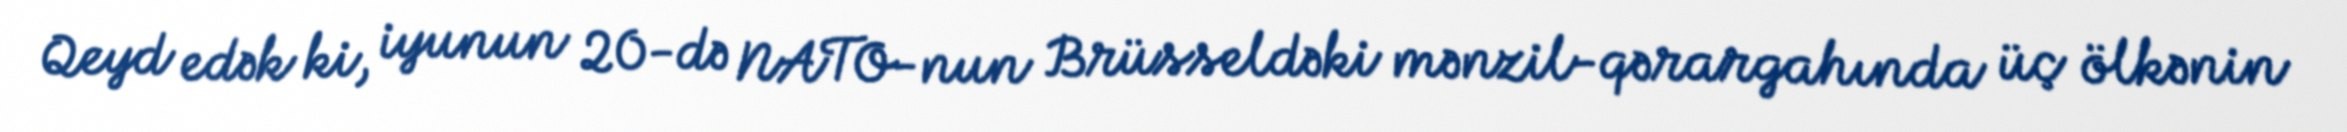
Qeyd edək ki, iyunun 20-də NATO-nun Brüsseldəki mənzil-qərargahında üç ölkənin